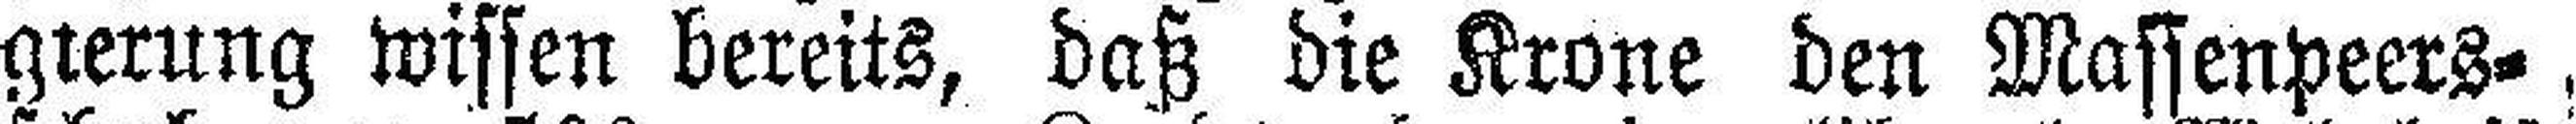
gierung wissen bereits, daß die Krone den Massenpeers¬